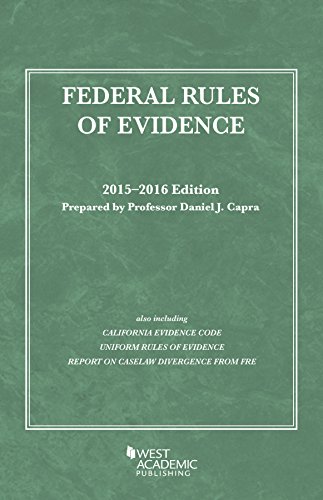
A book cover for Federal Rules of Evidence, 2015-2016 with Evidence Map (Selected Statutes); Daniel Capra; Law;